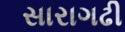
સારાગઢી